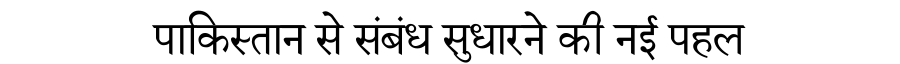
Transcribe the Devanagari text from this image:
पाकिस्तान से संबंध सुधारने की नई पहल